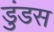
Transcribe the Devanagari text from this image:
डुंडस